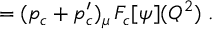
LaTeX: = ( p _ { c } + p _ { c } ^ { \prime } ) _ { \mu } \, F _ { c } [ \psi ] ( Q ^ { 2 } ) \; .